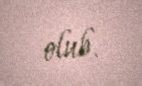
olub.